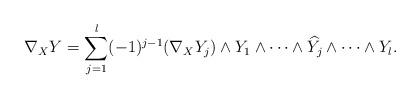
LaTeX: \begin{align*}\nabla_X Y= \sum_{j=1}^l (-1)^{j-1}(\nabla_X Y_j)\wedge Y_1\wedge \cdots \wedge \widehat{Y_j}\wedge \cdots \wedge Y_l.\end{align*}